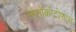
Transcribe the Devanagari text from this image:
मोनोक्रोटोफास